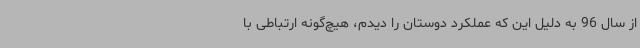
از سال 96 به دلیل این که عملکرد دوستان را دیدم، هیچ‌گونه ارتباطی با